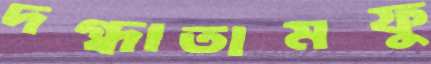
দগ্ধাতামফু